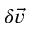
\delta \vec { v }